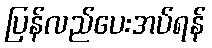
ပြန်လည်ပေးအပ်ရန်